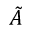
\tilde { A }